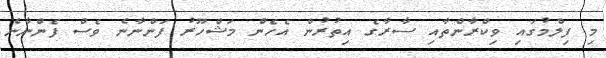
މި ފިލްމުގައި ވިކްރާންތާއި ސާރާގެ އިތުރުން އެހެން މަޝްހޫރު ފަންނާނެ ވެސް ފެންނާނެ